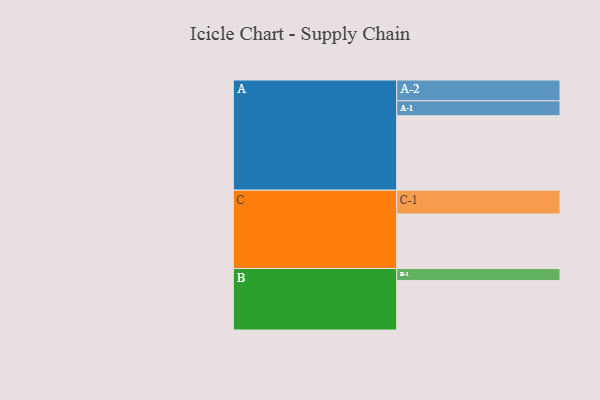
{"axis": {"x": "Segment", "y": "Value"}, "legend": ["", "A", "B", "C"], "data": [{"x": "A", "y": 526, "type": ""}, {"x": "B", "y": 349, "type": ""}, {"x": "C", "y": 385, "type": ""}, {"x": "A-1", "y": 105, "type": "A"}, {"x": "A-2", "y": 147, "type": "A"}, {"x": "B-1", "y": 85, "type": "B"}, {"x": "C-1", "y": 168, "type": "C"}]}